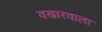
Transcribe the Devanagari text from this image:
वखारवाला